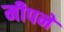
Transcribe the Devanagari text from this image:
मीपने